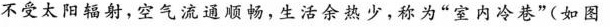
不受太阳辐射，空气流通顺畅，生活余热少，称为”室内冷巷”(如图